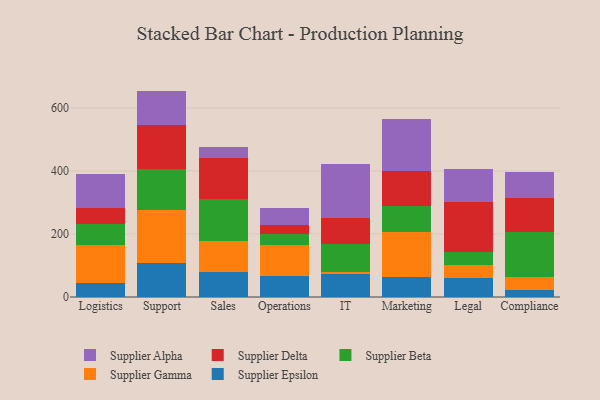
{"axis": {"x": "Department", "y": "Market Share (%)"}, "legend": ["Supplier Alpha", "Supplier Beta", "Supplier Delta", "Supplier Epsilon", "Supplier Gamma"], "data": [{"x": "Logistics", "y": 44.0, "type": "Supplier Epsilon"}, {"x": "Logistics", "y": 121.3, "type": "Supplier Gamma"}, {"x": "Logistics", "y": 64.9, "type": "Supplier Beta"}, {"x": "Logistics", "y": 52.9, "type": "Supplier Delta"}, {"x": "Logistics", "y": 108.1, "type": "Supplier Alpha"}, {"x": "Support", "y": 107.7, "type": "Supplier Epsilon"}, {"x": "Support", "y": 169.8, "type": "Supplier Gamma"}, {"x": "Support", "y": 128.4, "type": "Supplier Beta"}, {"x": "Support", "y": 138.3, "type": "Supplier Delta"}, {"x": "Support", "y": 109.8, "type": "Supplier Alpha"}, {"x": "Sales", "y": 79.0, "type": "Supplier Epsilon"}, {"x": "Sales", "y": 98.8, "type": "Supplier Gamma"}, {"x": "Sales", "y": 133.6, "type": "Supplier Beta"}, {"x": "Sales", "y": 129.6, "type": "Supplier Delta"}, {"x": "Sales", "y": 34.0, "type": "Supplier Alpha"}, {"x": "Operations", "y": 67.7, "type": "Supplier Epsilon"}, {"x": "Operations", "y": 97.5, "type": "Supplier Gamma"}, {"x": "Operations", "y": 34.0, "type": "Supplier Beta"}, {"x": "Operations", "y": 27.7, "type": "Supplier Delta"}, {"x": "Operations", "y": 55.0, "type": "Supplier Alpha"}, {"x": "IT", "y": 71.9, "type": "Supplier Epsilon"}, {"x": "IT", "y": 7.3, "type": "Supplier Gamma"}, {"x": "IT", "y": 90.4, "type": "Supplier Beta"}, {"x": "IT", "y": 80.6, "type": "Supplier Delta"}, {"x": "IT", "y": 170.2, "type": "Supplier Alpha"}, {"x": "Marketing", "y": 62.4, "type": "Supplier Epsilon"}, {"x": "Marketing", "y": 142.8, "type": "Supplier Gamma"}, {"x": "Marketing", "y": 83.7, "type": "Supplier Beta"}, {"x": "Marketing", "y": 110.4, "type": "Supplier Delta"}, {"x": "Marketing", "y": 166.1, "type": "Supplier Alpha"}, {"x": "Legal", "y": 61.3, "type": "Supplier Epsilon"}, {"x": "Legal", "y": 39.5, "type": "Supplier Gamma"}, {"x": "Legal", "y": 42.5, "type": "Supplier Beta"}, {"x": "Legal", "y": 158.9, "type": "Supplier Delta"}, {"x": "Legal", "y": 102.9, "type": "Supplier Alpha"}, {"x": "Compliance", "y": 20.8, "type": "Supplier Epsilon"}, {"x": "Compliance", "y": 43.8, "type": "Supplier Gamma"}, {"x": "Compliance", "y": 142.1, "type": "Supplier Beta"}, {"x": "Compliance", "y": 106.3, "type": "Supplier Delta"}, {"x": "Compliance", "y": 83.7, "type": "Supplier Alpha"}]}